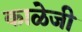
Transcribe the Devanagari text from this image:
काळेजी